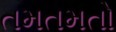
તમતમતો